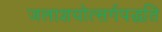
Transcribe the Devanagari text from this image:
जलाशयोत्सर्गपद्धति